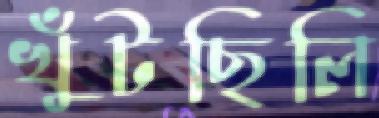
খুঁটছিলি